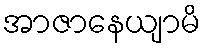
အာဇာနေယျာမိ